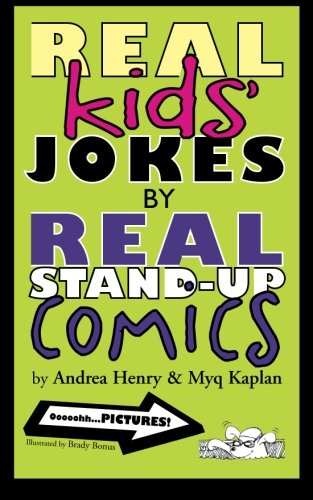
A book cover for Real Kids' Jokes by Real Stand-Up Comics; Andrea Henry; Children's Books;